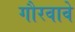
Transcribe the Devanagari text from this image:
गौरवावे